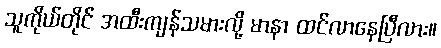
သူကိုယ်တိုင် အထီးကျန်သမားလို့ မာနာ ထင်လာနေပြီလား။